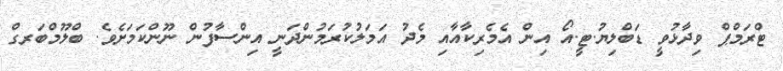
ޓްރަމްޕް ވިދާޅުވީ ޑަބްލިޔު.ޓީ.އޯ އިން އެމެރިކާއާއި މެދު އަމަލުކުރަމުންދަނީ އިންސާފުން ނޫންކަމަށެވެ. ބްލޫމްބަރގް